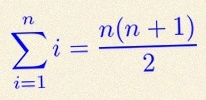
\sum_{i=1}^{n}i=\frac{n(n+1)}2